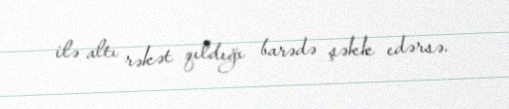
ilə altı rəkət qıldığı barədə şəkk edərsə.